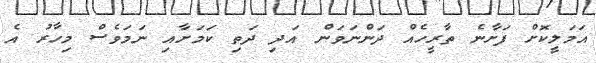
އަމަލީކޮށް ފަށާނެ ތާރީހެއް ދަންނަވަން އަދި ދަތި ކަމަށާއި ނަމަވެސް މިހާރު އެ